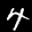
Label: 4